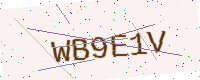
Text: WB9E1V